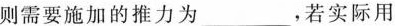
则需要施加的推力为___，若实际用